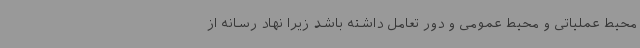
محیط عملیاتی و محیط عمومی و دور تعامل داشته باشد زیرا نهاد رسانه از